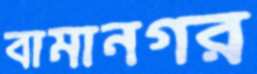
বামানগর